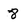
Character: 8